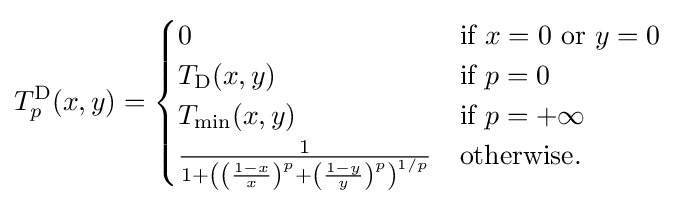
T_{p}^{\mathrm {D} }(x,y)={\begin{cases}0&{\text{if }}x=0{\text{ or }}y=0\\T_{\mathrm {D} }(x,y)&{\text{if }}p=0\\T_{\mathrm {min} }(x,y)&{\text{if }}p=+\infty \\{\frac {1}{1+\left(\left({\frac {1-x}{x}}\right)^{p}+\left({\frac {1-y}{y}}\right)^{p}\right)^{1/p}}}&{\text{otherwise.}}\\\end{cases}}